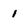
Character: 1